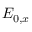
E _ { 0 , x }